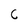
Character: C